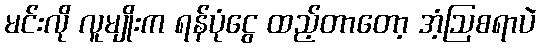
မင်းလို လူမျိုးက ရန်ပုံငွေ ထည့်တာတော့ အံ့ဩစရာပဲ